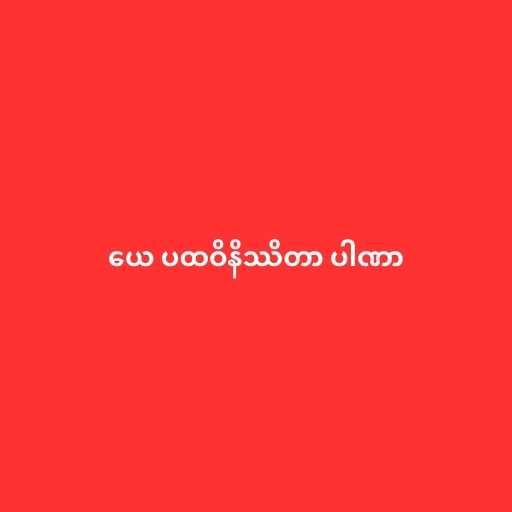
ယေ ပထဝိနိဿိတာ ပါဏာ